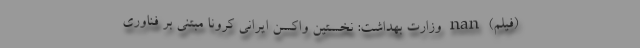
(فیلم) nan وزارت بهداشت: نخستین واکسن ایرانی کرونا مبتنی بر فناوری